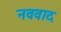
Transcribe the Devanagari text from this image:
नववाद